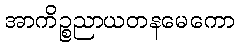
အာကိဉ္စညာယတနမေကော